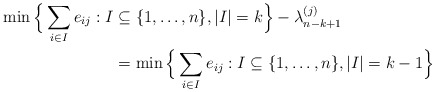
\begin{align*} \min\Big\{\sum_{i\in I} e_{ij} : I &\subseteq \{1, \dots, n\}, |I| = k\Big\} - \lambda^{(j)}_{n-k+1}\\ &= \min\Big\{\sum_{i \in I} e_{ij} : I \subseteq \{1, \dots, n\}, |I| = k-1\Big\} \end{align*}